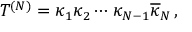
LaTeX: T ^ { ( N ) } = \kappa _ { 1 } \kappa _ { 2 } \cdots \kappa _ { N - 1 } \overline { { { \kappa } } } _ { N } \, ,